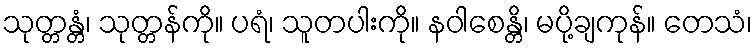
သုတ္တန္တံ၊ သုတ္တန်ကို။ ပရံ၊ သူတပါးကို။ နဝါစေန္တိ၊ မပို့ချကုန်။ တေသံ၊